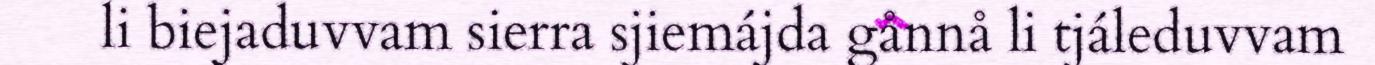
li biejaduvvam sierra sjiemájda gånnå li tjáleduvvam